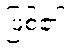
ဖြစ်၏။